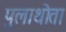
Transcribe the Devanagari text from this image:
पुलाथोता